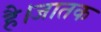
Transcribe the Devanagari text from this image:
है।जातक